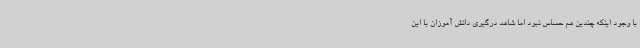
با وجود اینکه چندین هم حساس نبود اما شاهد درگیری دانش آموزان با این